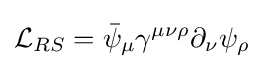
{\mathcal {L}}_{RS}={\bar {\psi }}_{\mu }\gamma ^{\mu \nu \rho }\partial _{\nu }\psi _{\rho }